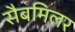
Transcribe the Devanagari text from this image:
सैबमिलर